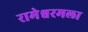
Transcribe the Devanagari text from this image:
रामेश्वरमला